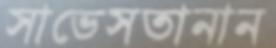
সাভেসতানান